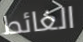
الغائط